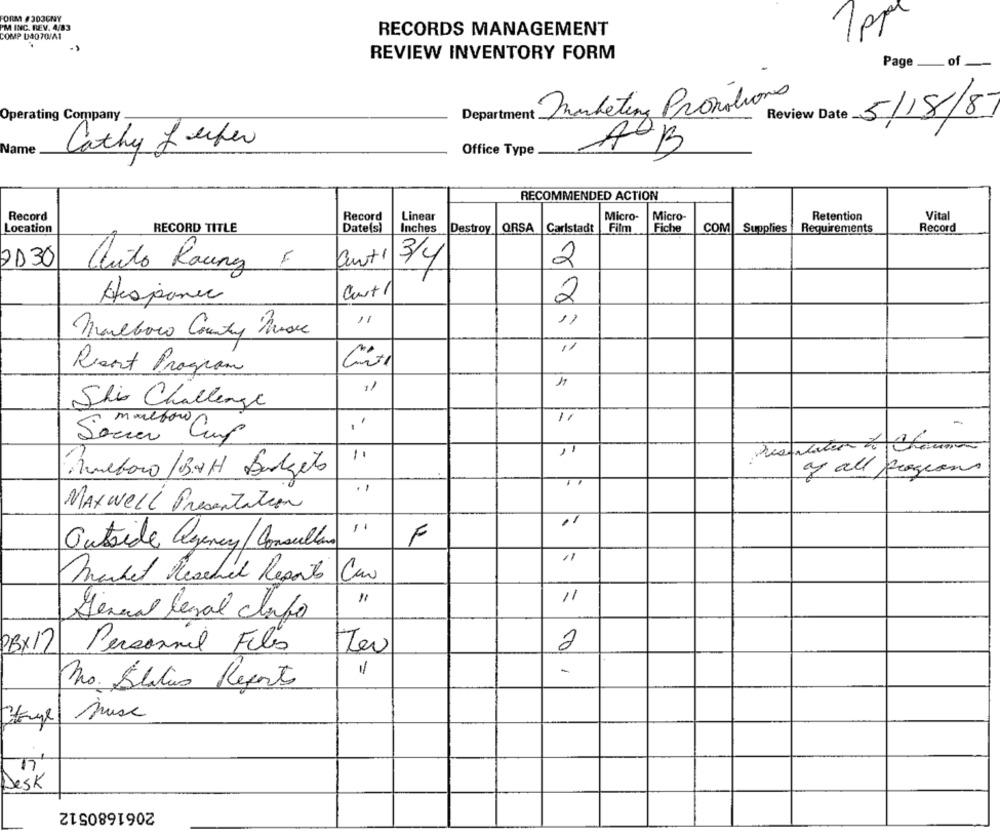
FORM #303GNY
PM INC. REV. 4/83
COMP D4070/41
RECORDS MANAGEMENT
1 pp
REVIEW INVENTORY FORM
Page __ of_
-
Department Unketing Promotions
Review Date
5/18/8
Operating Company
Name
Cathy Lecker
Office Type
AB
RECOMMENDED ACTION
Record
Record
Linear
Micro-
Micro-
Retention
Vital
Location
RECORD TITLE
Date(s)
Inches
Destroy
ORSA
Carlstadt
Film
Fiche
COM
Supplies
Requirements
Record
2130
3/4
2
auto Raune F
Hispanic
Cout 1
2
-
Marlboro Country Music
11
Resort Program
11
Shis Challenge
malbow
-
Soccer Cup
Presentation de Chauna
Ruebaco/BAH Budgets
of all programs
..
MAXWELL Presentation
11
Outside agency/ Consultar
F
Market Resched Reports Car
11
General legal Info
23×12
Personnel Files
/
-
No. Status Reports
Muse
Desk
2061680512